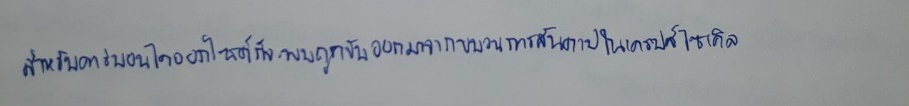
สำหรับคาร์บอนไดออกไซด์ก็จะพบถูกขับออกมาจากขบวนการสันดาปในเครปส์ไซเคิล